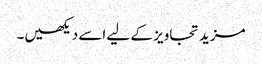
مزید تجاویز کے لیے اسے دیکھیں۔